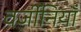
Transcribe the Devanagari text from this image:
वर्जीनियाँ